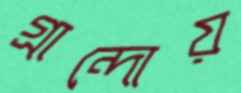
গ্রান্দোয়